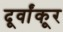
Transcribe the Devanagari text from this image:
दूर्वांकूर